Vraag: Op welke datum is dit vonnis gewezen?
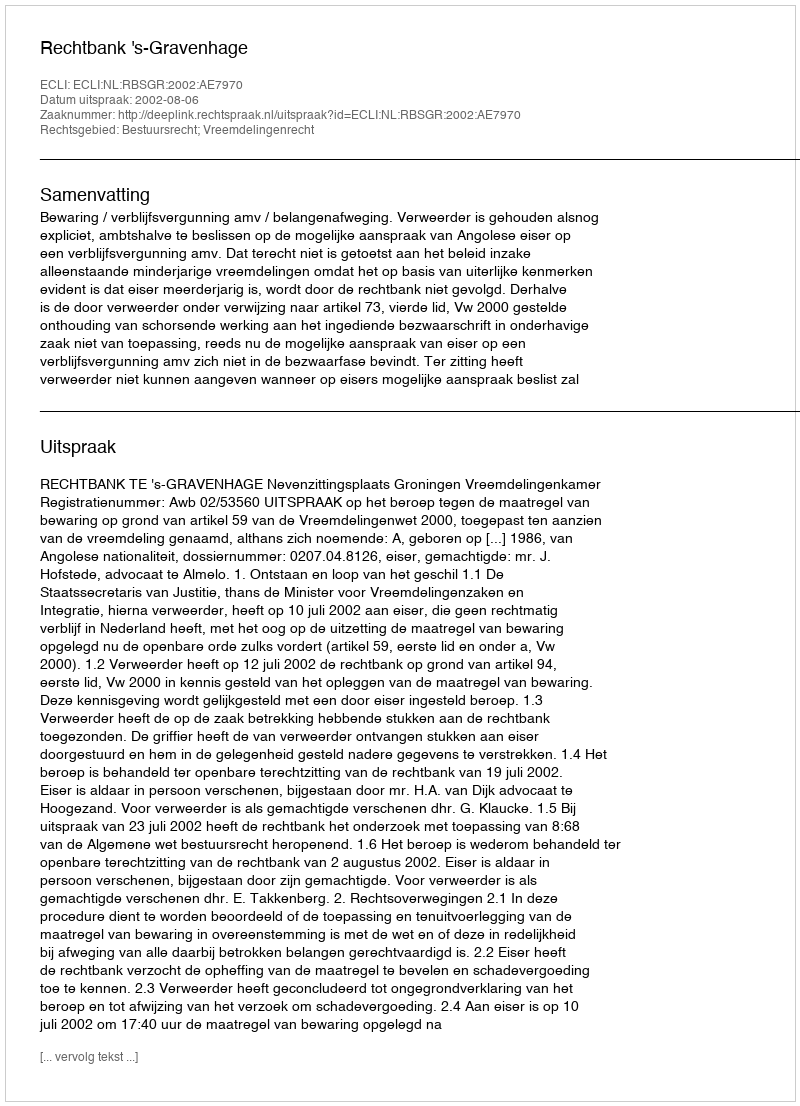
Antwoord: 2002-08-06